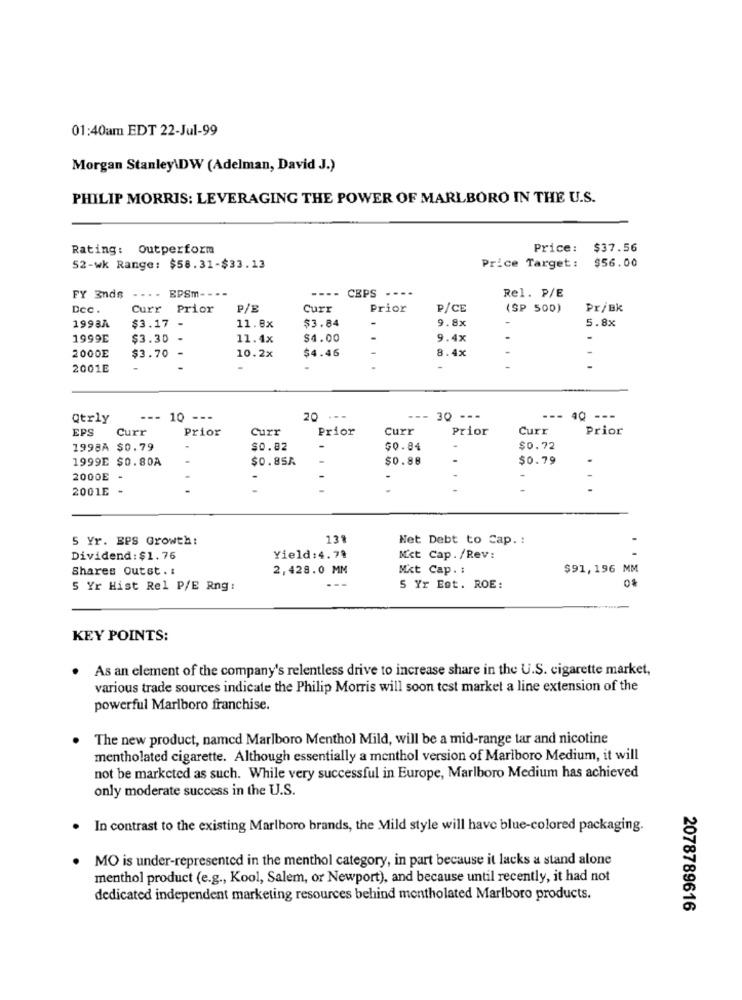
01:40am EDT 22-Jul-99
Morgan Stanley\DW (Adelman, David J.)
PHILIP MORRIS: LEVERAGING THE POWER OF MARLBORO IN THE U.S.
Rating: Outperform
Price:
$37.56
$56.00
52-wk Range: $58.31-$33.13
Price Target:
....
EPSm
----
FY 3nds
CEPS ----
Rel. P/E
Dcc.
Curr
Prior
P/E
Curr
Prior
P/CE
(SP 500)
Pr/BK
$3.84
9.8x
5.8x
1998A
$3.17
11.8x
1999E
$3.30
-
11.4x
$4.00
9.4x
-
8.4x
2000E
$3.70
10.2x
$4.46
2001E
-
Qtrly
--- 10 ---
20 ---
--- 30 ---
---
40 ---
EPS
Curr
Prior
Curr
Prior
Curr
Prior
Curr
Prior
1998A $0.79
$0.82
-
$0.84
$0.72
1999E $0.80A
$0.85A
$0.88
$0.79
2000E
2001E -
5 Yr. EPS Growth:
139
Net Debt to Cap. :
Dividend: $1.76
Yield:4.79
Mct Cap. /Rev:
Shares Outst .:
2,428.0 MM
Mit Cap. :
$91,196 MM
5 Yr Hist Rel P/E Rng:
5 Yr Est. ROE:
KEY POINTS:
. As an element of the company's relentless drive to increase share in the U.S. cigarette market,
various trade sources indicate the Philip Morris will soon test market a line extension of the
powerful Marlboro franchise.
The new product, named Marlboro Menthol Mild, will be a mid-range tar and nicotine
mentholated cigarette. Although essentially a menthol version of Marlboro Medium, it will
not be markcted as such. While very successful in Europe, Marlboro Medium has achieved
only moderate success in the U.S.
. In contrast to the existing Marlboro brands, the Mild style will have blue-colored packaging.
MO is under-represented in the menthol category, in part because it lacks a stand alone
menthol product (e.g ., Kool, Salem, or Newport), and because until recently, it had not
dedicated independent marketing resources behind mentholated Marlboro products.
2078789616